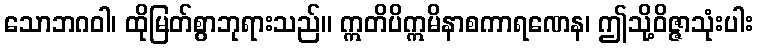
သောဘဂဝါ၊ ထိုမြတ်စွာဘုရားသည်။ ဣတိပိဣမိနာစကာရဏေန၊ ဤသို့ဝိဇ္ဇာသုံးပါး